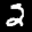
Label: 2